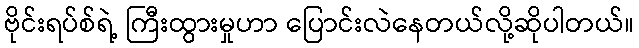
ဗိုင်းရပ်စ်ရဲ့ ကြီးထွားမှုဟာ ပြောင်းလဲနေတယ်လို့ဆိုပါတယ်။